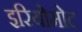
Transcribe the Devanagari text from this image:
इरियोमोट